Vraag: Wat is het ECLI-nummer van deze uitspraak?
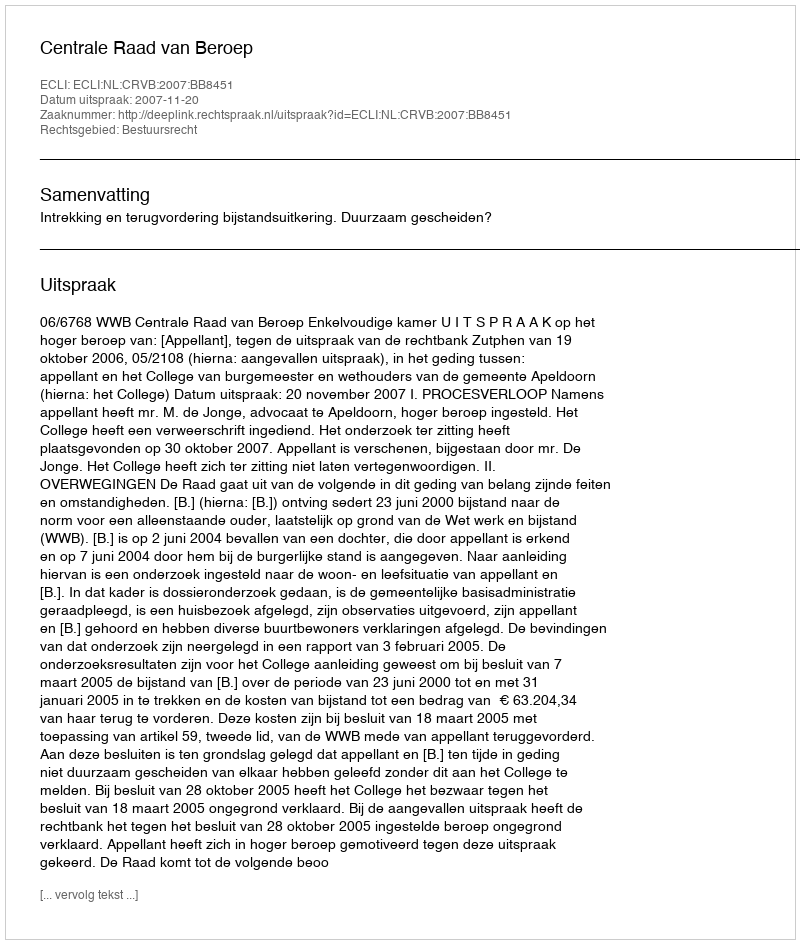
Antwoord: ECLI:NL:CRVB:2007:BB8451